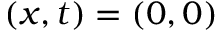
( x , t ) = ( 0 , 0 )